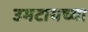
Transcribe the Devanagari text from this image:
उमटायच्या